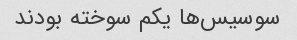
سوسیس‌ها یکم سوخته بودند